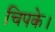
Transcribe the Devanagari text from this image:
चिपके।